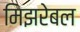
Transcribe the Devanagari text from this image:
मिझरेबल